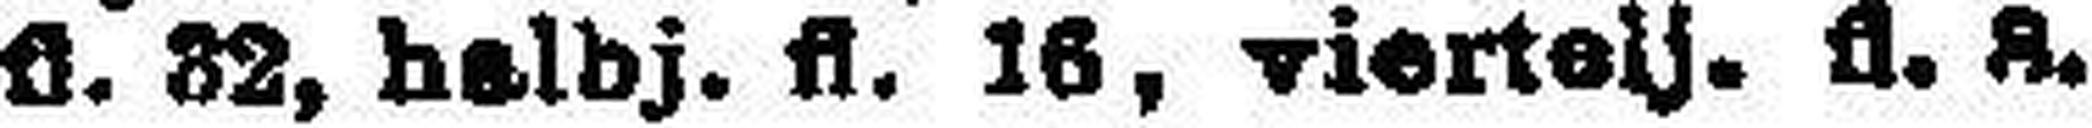
fl. 22, halbj. fl. 16, viertelj. fl. 8.